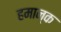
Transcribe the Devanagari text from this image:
हमान्क